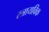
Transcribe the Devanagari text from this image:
स्त्रायविक